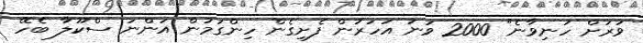
ވަރަށް ހަނިވާނެ" 2000 ވަނަ އަހަރުން ފެށިގެން ހިންގަމުން އަންނަ ސްކޫލާ ބެހޭ